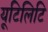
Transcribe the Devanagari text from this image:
यूटिलिटि